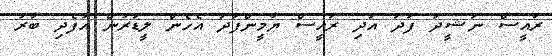
ރައީސް ނަޝީދު ފަދަ އަދި ރައީސް ޔާމީންފަދަ އެހެން ލީޑަރުން އުފެދި ބާރު